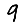
Digit: 9